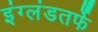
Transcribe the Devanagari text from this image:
इंग्लंडतर्फे